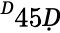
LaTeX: ^Ḋ45Ḍ